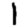
Digit: 1